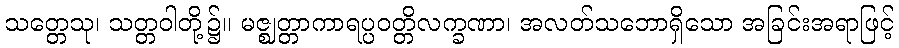
သတ္တေသု၊ သတ္တဝါတို့၌။ မဇ္ဈတ္တာကာရပ္ပဝတ္တိလက္ခဏာ၊ အလတ်သဘောရှိသော အခြင်းအရာဖြင့်